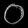
Digit: ၀